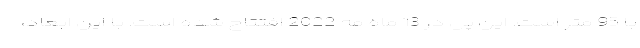
با 95 متر است. این پل در 13 ماه مه 2022 افتتاح شده است. با این ابعاد،